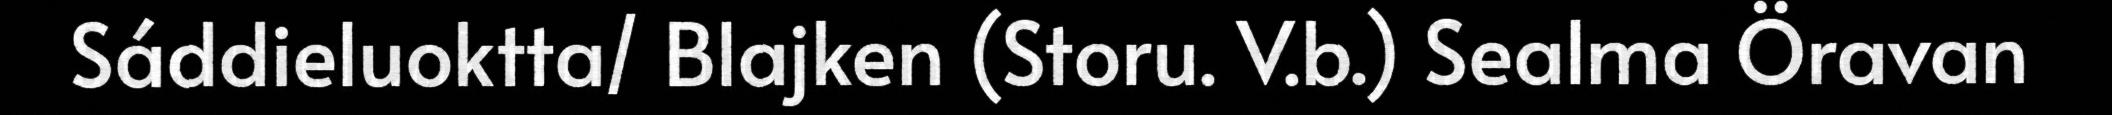
Sáddieluoktta/ Blajken (Storu. V.b.) Sealma Öravan